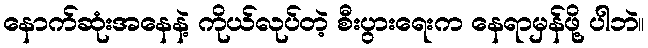
နောက်ဆုံးအနေနဲ့ ကိုယ်လုပ်တဲ့ စီးပွားရေးက နေရာမှန်ဖို့ ပါဘဲ။